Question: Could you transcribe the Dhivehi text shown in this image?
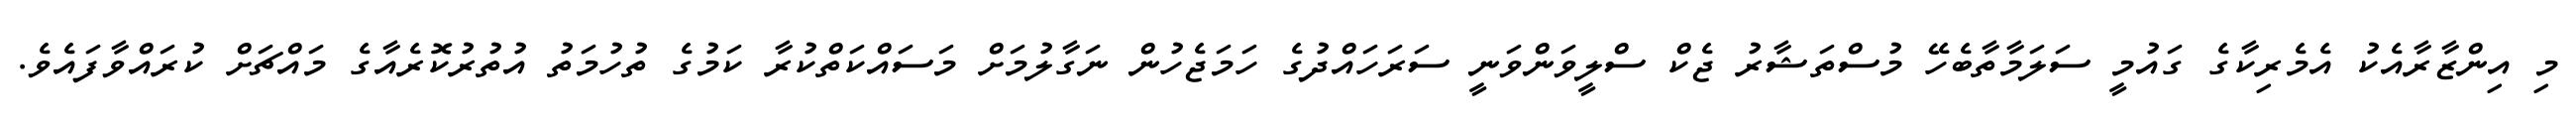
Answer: މި އިންޒާރާއެކު އެމެރިކާގެ ގައުމީ ސަލަމާތާބެހޭ މުސްތަޝާރު ޖެކް ސްލީވަންވަނީ ސަރަހައްދުގެ ހަމަޖެހުން ނަގާލުމަށް މަސައްކަތްކުރާ ކަމުގެ ތުހުމަތު އުތުރުކޮރެއާގެ މައްޗަށް ކުރައްވާފައެވެ.